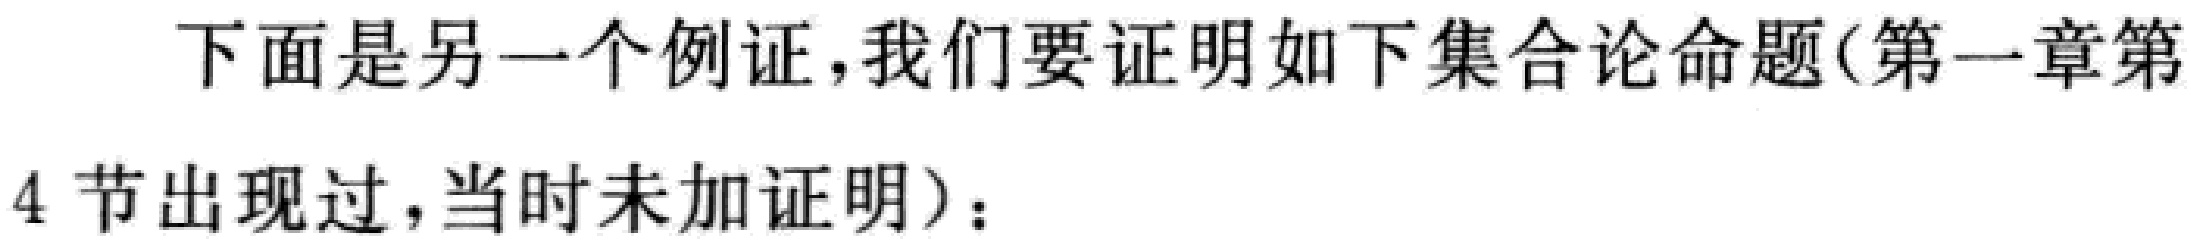
下面是另一个例证，我们要证明如下集合论命题(第一章第
4 节出现过，当时未加证明)：